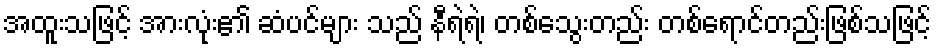
အထူးသဖြင့် အားလုံး၏ ဆံပင်များ သည် နီရဲရဲ၊ တစ်သွေးတည်း တစ်ရောင်တည်းဖြစ်သဖြင့်